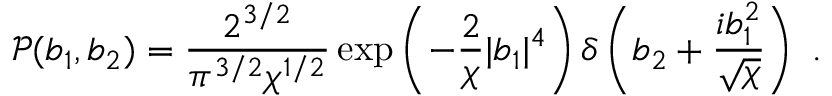
\mathcal { P } ( b _ { 1 } , b _ { 2 } ) = \frac { 2 ^ { 3 / 2 } } { \pi ^ { 3 / 2 } \chi ^ { 1 / 2 } } \exp \left( - \frac { 2 } { \chi } | b _ { 1 } | ^ { 4 } \right) \delta \left( b _ { 2 } + \frac { i b _ { 1 } ^ { 2 } } { \sqrt { \chi } } \right) \ .